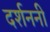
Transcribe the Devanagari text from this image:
दर्शननी